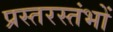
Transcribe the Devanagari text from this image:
प्रस्तरस्तंभों